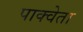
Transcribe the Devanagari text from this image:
पाक्वेता